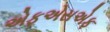
એફએસએફ